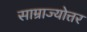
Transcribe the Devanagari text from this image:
साम्राज्योत्तर